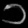
Digit: ၁